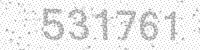
Solution: 531761